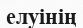
елуінің